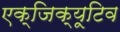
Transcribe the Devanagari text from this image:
एक्‍जिक्‍यूटिव